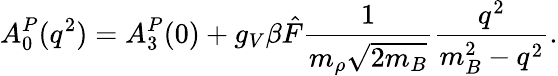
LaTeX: A_{0}^{P}(q^{2})=A_{3}^{P}(0)+g_{V}\beta{\hat{F}}\frac{1}{m_{\rho}\sqrt{2m_{B}}}\frac{q^{2}}{m_{B}^{2}-q^{2}}.